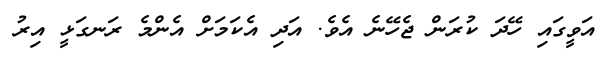
އަވީގައި ހޭދަ ކުރަން ޖެހޭނެ އެވެ. އަދި އެކަމަށް އެންމެ ރަނގަޅީ އިރު